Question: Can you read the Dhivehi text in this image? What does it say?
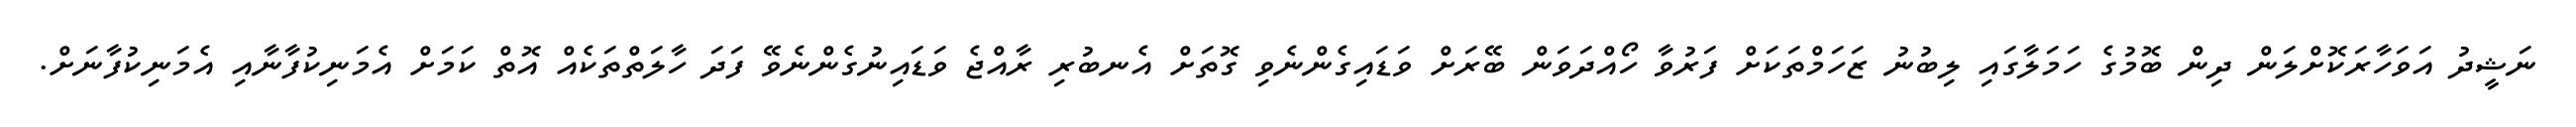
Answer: ނަޝީދު އަވަހާރަކޮށްލަން ދިން ބޮމުގެ ހަމަލާގައި ލިބުނު ޒަހަމްތަކަށް ފަރުވާ ހޯއްދަވަން ބޭރަށް ވަޑައިގެންނެވި ގޮތަށް އެނބުރި ރާއްޖެ ވަޑައިނުގެންނެވޭ ފަދަ ހާލަތްތަކެއް އޮތް ކަމަށް އެމަނިކުފާނާއި އެމަނިކުފާނަށް.